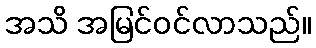
အသိ အမြင်ဝင်လာသည်။